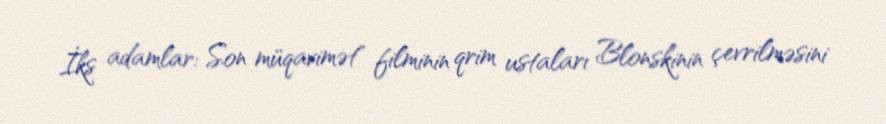
İks adamlar: Son müqavimət" filminin qrim ustaları Blonskinin çevrilməsini